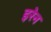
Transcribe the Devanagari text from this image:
इरेन